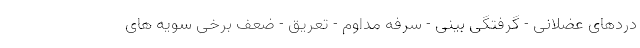
دردهای عضلانی - گرفتگی بینی - سرفه مداوم - تعریق - ضعف برخی سویه های